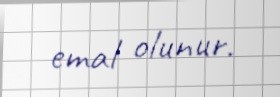
emal olunur.